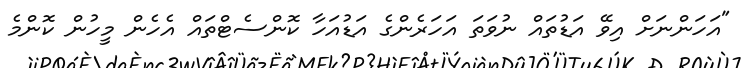
"އަހަންނަށް އިވޭ އަޑުތައް ނުވަތަ އަހަރެންގެ އަޑުއަހާ ކޮންސެޓްތައް އެހެން މީހުން ކޮންމެ